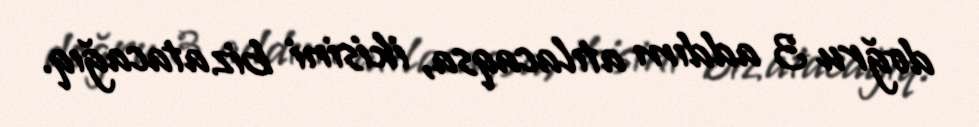
doğru 3 addım atılacaqsa, ikisini biz atacağıq.